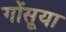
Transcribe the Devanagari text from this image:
गोंसूया